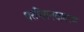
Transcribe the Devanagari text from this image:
धरणितनयावरण